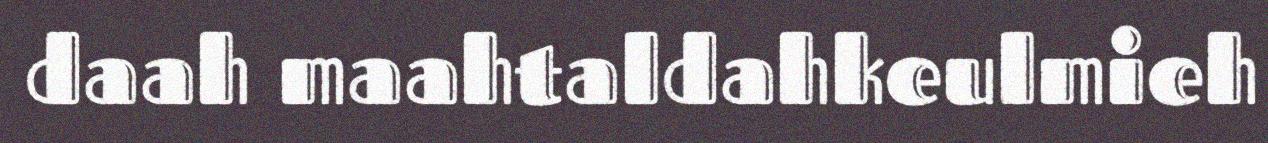
daah maahtaldahkeulmieh